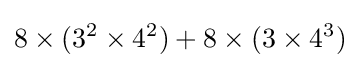
8\times (3^{2}\times 4^{2})+8\times (3\times 4^{3})